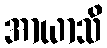
အာယာသိ